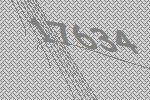
17634